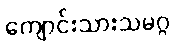
ကျောင်းသားသမဂ္ဂ